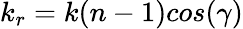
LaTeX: k_{r}=k(n-1)cos(\gamma)